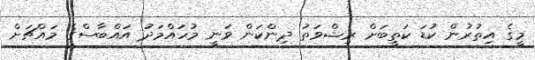
މީގެ އިތުރުން ކުޑަ ކަތީބަށް ރިޝްވަތު ދިންކަން ވަނީ މުހައްމަދު އައްބާސްގެ މައްޗަށް